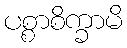
ပစ္စာစိက္ခာမိ